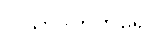
ပါသာဒိကတရော